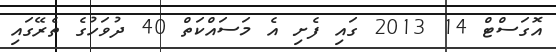
އޮގަސްޓް 14 2013 ގައި ފެށި އެ މަސައްކަތް 40 ދުވަހުގެ ތެރޭގައި